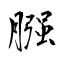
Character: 膙